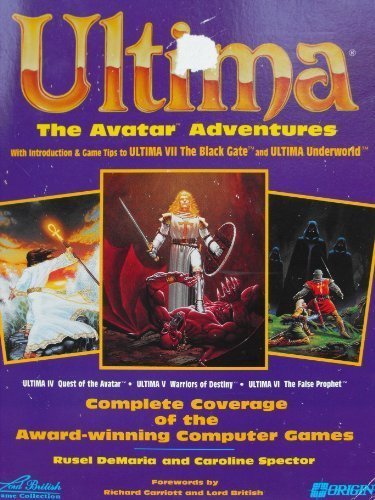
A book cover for Ultima: The Avatar Adventures (Secrets of the Games); Rusel DeMaria; Science Fiction & Fantasy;